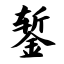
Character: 錾